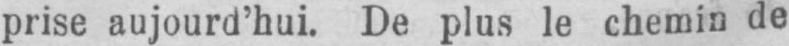
prise aujourd’hui. De plus le chemin de